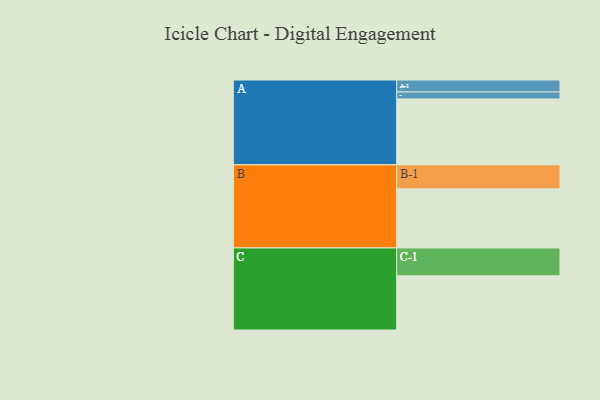
{"axis": {"x": "Segment", "y": "Value"}, "legend": ["", "A", "B", "C"], "data": [{"x": "A", "y": 501, "type": ""}, {"x": "B", "y": 450, "type": ""}, {"x": "C", "y": 412, "type": ""}, {"x": "A-1", "y": 91, "type": "A"}, {"x": "A-2", "y": 53, "type": "A"}, {"x": "B-1", "y": 182, "type": "B"}, {"x": "C-1", "y": 212, "type": "C"}]}